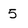
Character: 5